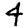
Digit: 4